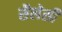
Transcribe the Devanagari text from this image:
सैलेसी